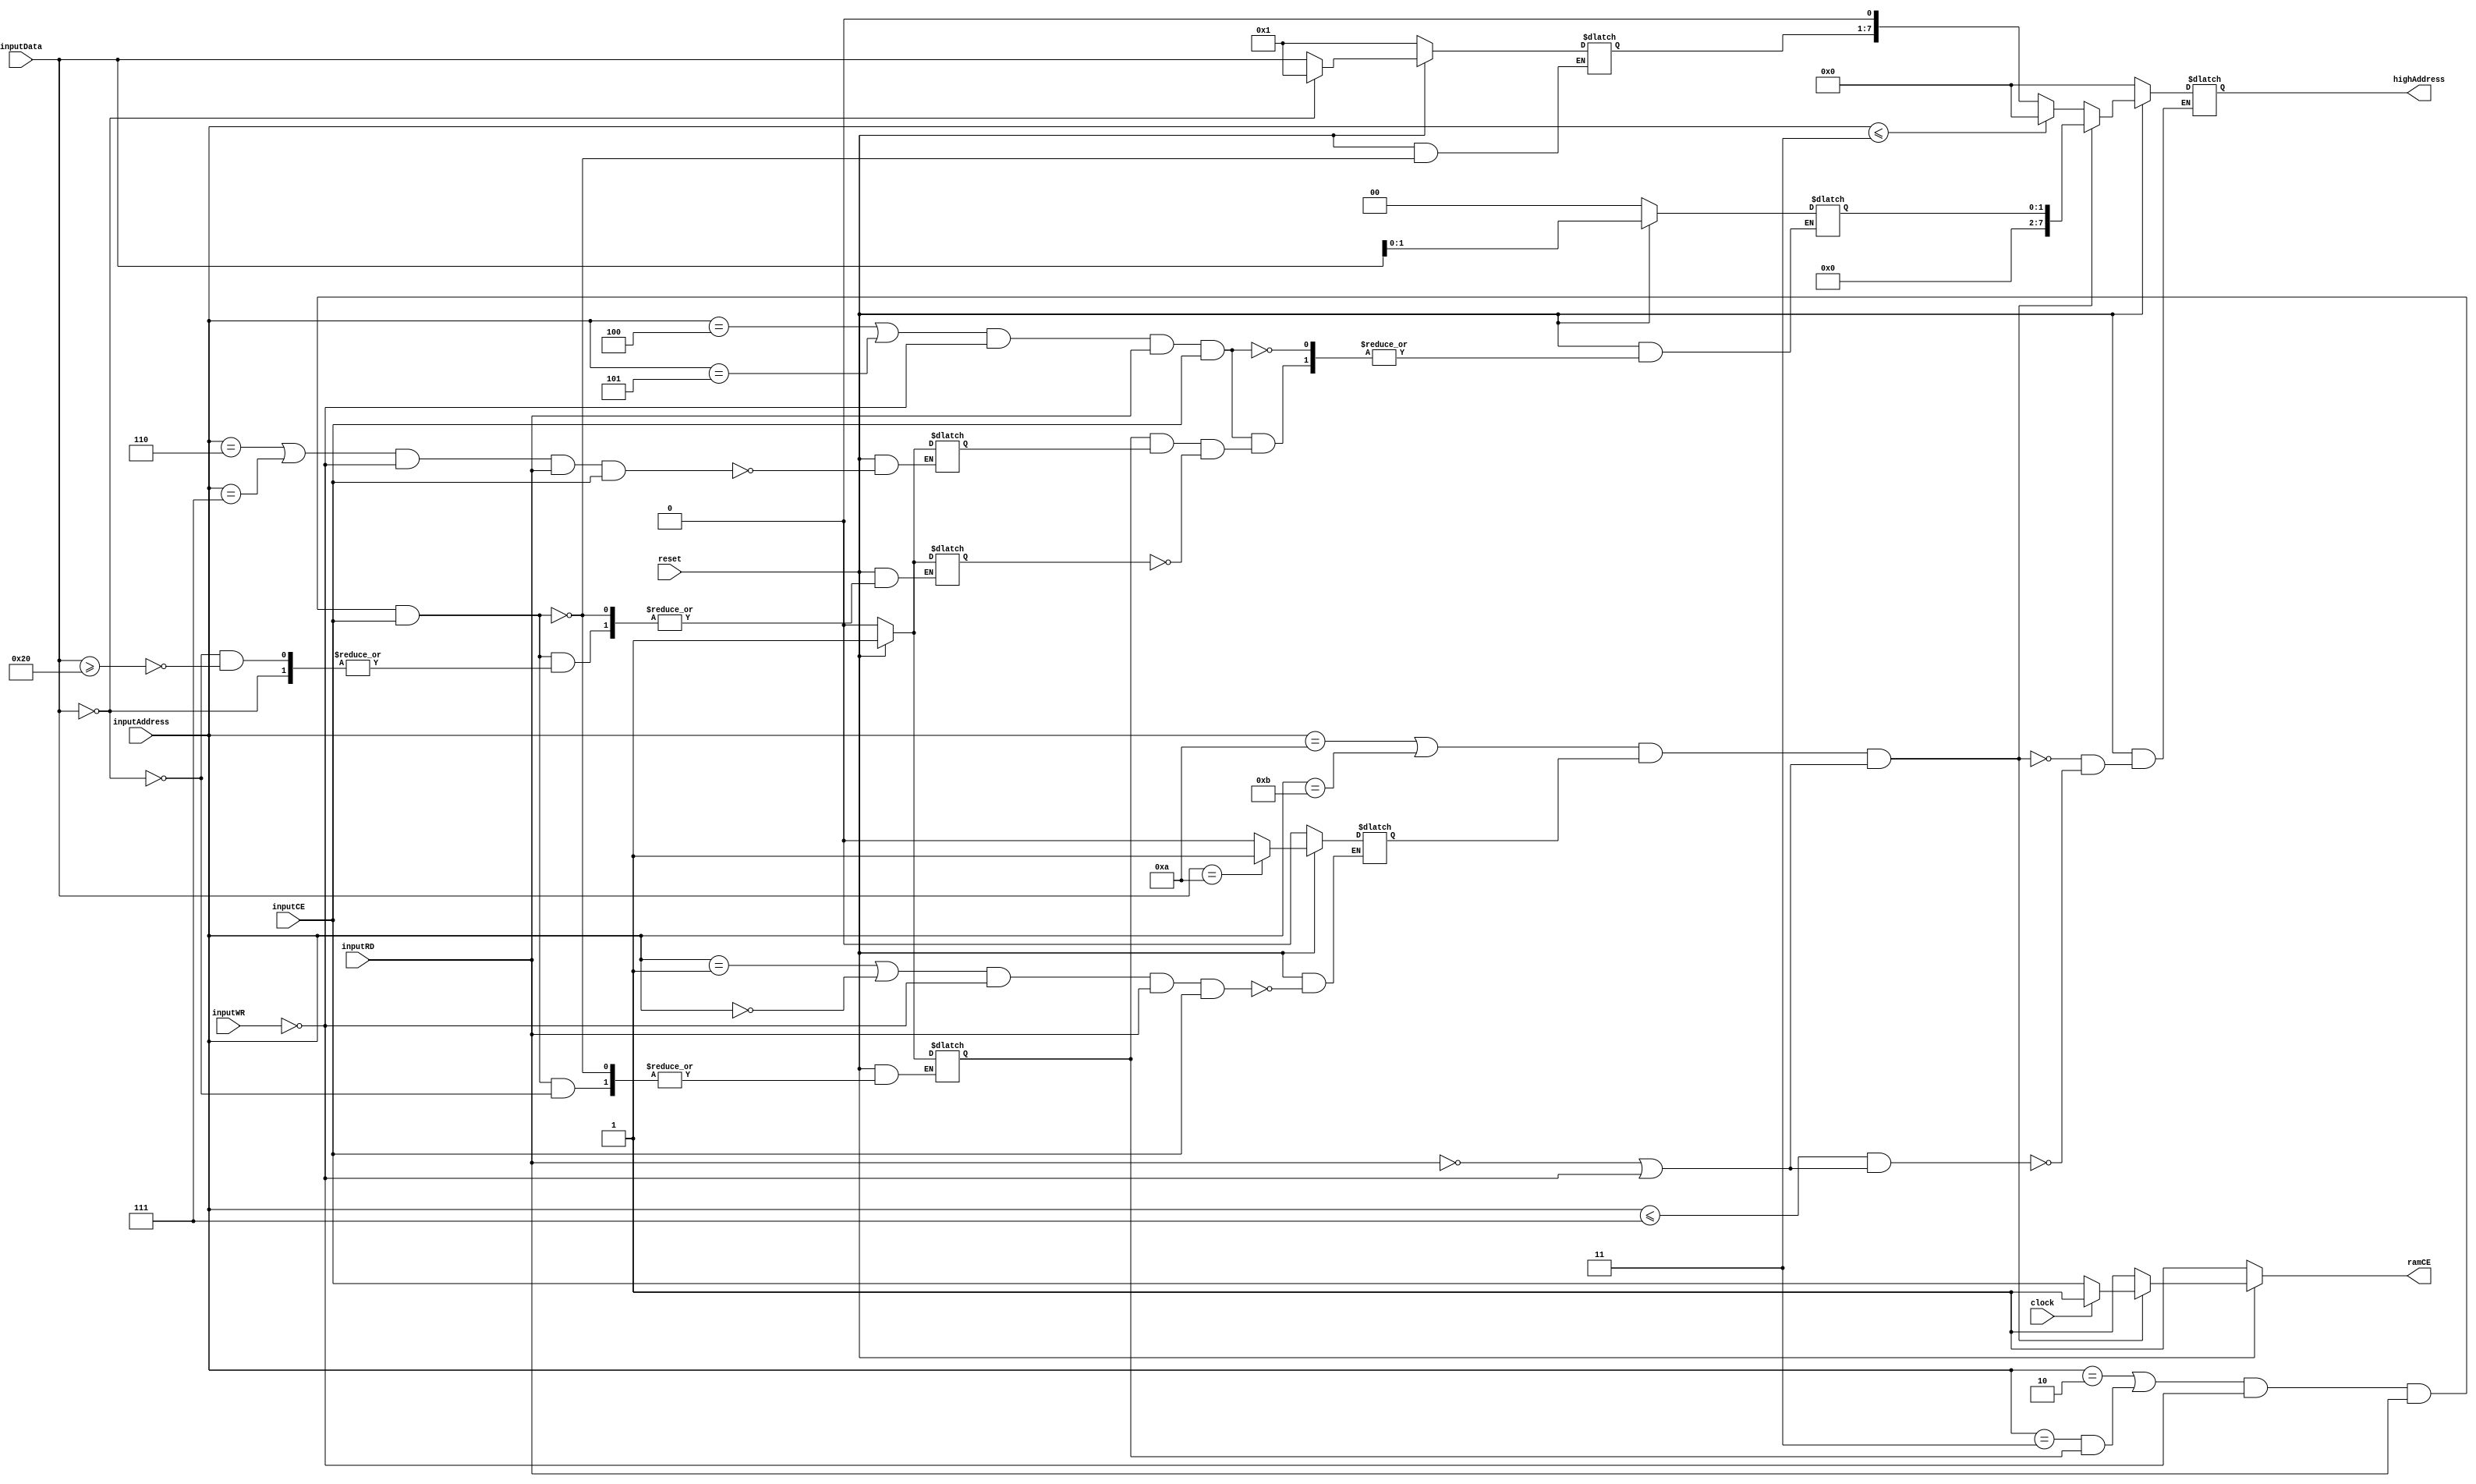
module mbc5_2mb_v1 (
reset, 
clock,
inputAddress, inputData, inputCE, inputWR, inputRD,
highAddress, ramCE);

// Inputs
input reset;
input clock;
input [3:0] inputAddress; // a15 - a12
input [6:0] inputData; // d6 - d0
input inputCE;
input inputRD;
input inputWR;

// Outputs / Registers
output [7:0] highAddress; // a20 - a13
reg [7:0] highAddress;

reg [6:0] romBank; // a20 - a14 
reg [1:0] ramBank; // a14 - a13 
reg ramEnabled;

output ramCE;
reg ramCE;

reg mbc1Detect303FOn;
reg mbc1Detected607F;
reg mbc3or5Locked;

// ROM a0-a13 straight through, a14-a21 from CPLD highAddress [1:8]
// FRAM a0-a12 straight through, a13-a14 from CPLD highAddress [0:1]
// input RD, WR, CS straight through to ROM
// input RD, WR, straight through to RAM, CE handled by CPLD
// romCE to A15

always @ (reset or clock or inputCE or inputRD or inputWR) begin
	if (!reset) begin
		highAddress <= 8'b0;
		romBank <= 7'b1;
		ramBank <= 2'b0;
		ramEnabled <= 1'b0;
		ramCE <= 1'b1;
		mbc1Detect303FOn <= 1'b0;
		mbc1Detected607F <= 1'b0;
		mbc3or5Locked <= 1'b0;
	end
	else begin
		// *** ROM Functions ***
		// Only pass through on 0x0000-7FFF if reading or writing flash
		if (inputAddress <= 4'd7 && (!inputRD || !inputWR)) begin
			if (inputAddress <= 4'd3) begin // 0x0000-3FFF, Bank 0 always
				highAddress <= 8'b0; // All set to 0
			end
			else begin
				highAddress <= (romBank << 1); // Start at a14 for ROM
			end
		end
		
		// 0x2000-3FFF - Low 7 bits of ROM Bank Number (Write Only) with little MBC1 detection hack
		if (((inputAddress == 4'd2) || inputAddress == 4'd3 && mbc1Detect303FOn) && !inputWR && inputRD && inputCE) begin
			if (inputData == 7'd0) begin
				romBank <= 1'b1;
				mbc1Detect303FOn <= 1'b1;
			end
			else begin
				if (inputData >= 7'd32) begin
					mbc3or5Locked <= 1'b1;
				end
				
				romBank <= inputData;
			end
		end
		
		// *** RAM Functions ***
	   ramCE <= 1'b1;
		
		// Only pass through on 0xA000-BFFF if RAM is enabled
		if ((inputAddress == 4'hA || inputAddress == 4'hB) && ramEnabled && (!inputRD || !inputWR)) begin
			if (clock) begin
				ramCE <= 1'b1;
			end
			else begin
				ramCE <= inputCE;
			end
			highAddress <= ramBank;
		end
	
		// 0x0000-1FFF - RAM Enable (Write Only). 0x0A = Enable, 0x00 Disable
		if ((inputAddress == 4'd1 || inputAddress == 4'd0) && !inputWR && inputRD && inputCE) begin
			if (inputData == 7'hA) begin // Enable RAM
				ramEnabled <= 1'd1;
			end
			else begin // Disable RAM
				ramEnabled <= 1'd0;
			end
		end
  
		// 0x4000-5FFF - RAM Bank Number (Write Only)
		if ((inputAddress == 4'd4 || inputAddress == 4'd5) && !inputWR && inputRD && inputCE) begin
			if ((mbc1Detect303FOn && mbc1Detected607F) && !mbc3or5Locked) begin // Ignore RAM banking requests
			end
			else begin
				ramBank <= inputData[1:0];
			end
		end
		
		// 0x6000-7FFF - ROM/RAM Mode MBC1 Detection
		if ((inputAddress == 4'd6 || inputAddress == 4'd7) && !inputWR && inputRD && inputCE) begin
			mbc1Detected607F <= 1'b1;
		end
	end
end

endmodule